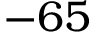
- 6 5